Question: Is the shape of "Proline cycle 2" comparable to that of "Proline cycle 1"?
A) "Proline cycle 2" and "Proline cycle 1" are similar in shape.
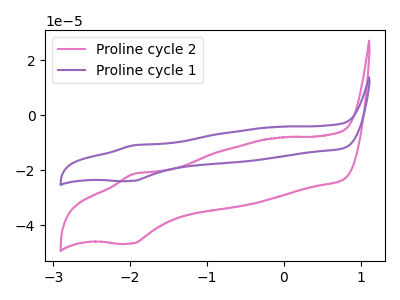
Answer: <think>The pink curve "Proline cycle 2" has an anodic peak at (-1.95V, -21.25uA) and a cathodic peak at (-2.00V, -46.55uA). The purple curve "Proline cycle 1" has an anodic peak at (-1.95V, -10.90uA) and a cathodic peak at (-2.00V, -23.85uA).
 All the peaks in "Proline cycle 2" have a peak in "Proline cycle 1" at the same potential.</think>
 <answer>A) "Proline cycle 2" and "Proline cycle 1" are similar in shape.</answer>
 <eval>A</eval>